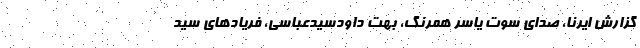
گزارش ایرنا، صدای سوت یاسر همرنگ، بُهت داودسیدعباسی، فریادهای سید